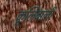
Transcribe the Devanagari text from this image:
कूलिबाली